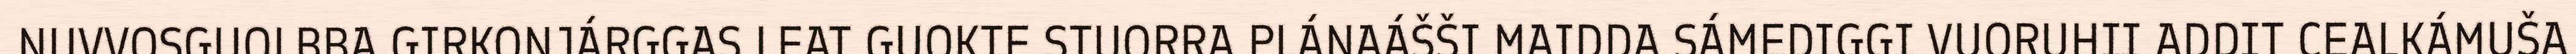
NUVVOSGUOLBBA GIRKONJÁRGGAS LEAT GUOKTE STUORRA PLÁNAÁŠŠI MAIDDA SÁMEDIGGI VUORUHII ADDIT CEALKÁMUŠA